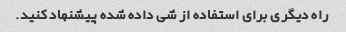
راه دیگری برای استفاده از شی داده شده پیشنهاد کنید.